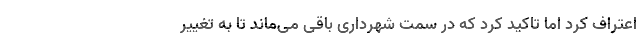
اعتراف کرد اما تاکید کرد که در سمت شهرداری باقی می‌ماند تا به تغییر